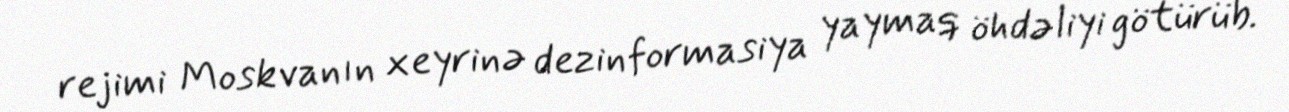
rejimi Moskvanın xeyrinə dezinformasiya yaymaq öhdəliyi götürüb.